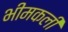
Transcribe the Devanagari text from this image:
भीमकली